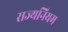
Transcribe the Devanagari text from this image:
राज्यनियम